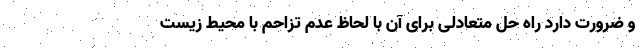
و ضرورت دارد راه حل متعادلی برای آن با لحاظ عدم تزاحم با محیط زیست